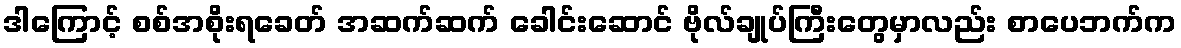
ဒါကြောင့် စစ်အစိုးရခေတ် အဆက်ဆက် ခေါင်းဆောင် ဗိုလ်ချုပ်ကြီးတွေမှာလည်း စာပေဘက်က